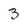
Character: 3